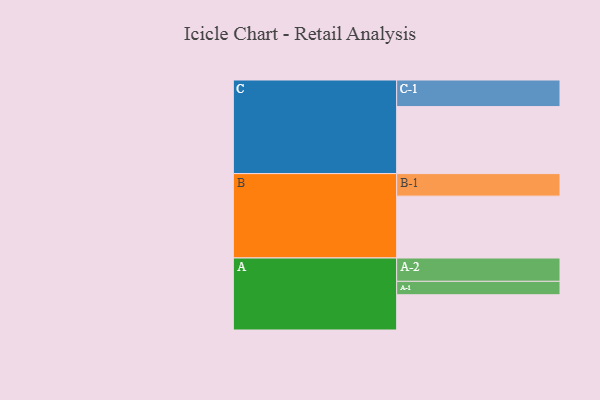
{"axis": {"x": "Segment", "y": "Value"}, "legend": ["", "A", "B", "C"], "data": [{"x": "A", "y": 310, "type": ""}, {"x": "B", "y": 544, "type": ""}, {"x": "C", "y": 589, "type": ""}, {"x": "A-1", "y": 118, "type": "A"}, {"x": "A-2", "y": 205, "type": "A"}, {"x": "B-1", "y": 198, "type": "B"}, {"x": "C-1", "y": 234, "type": "C"}]}